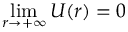
\operatorname* { l i m } _ { r \to + \infty } U ( r ) = 0